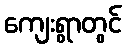
ကျေးရွာတွင်